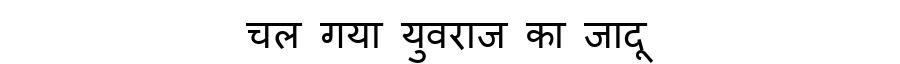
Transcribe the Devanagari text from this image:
चल गया युवराज का जादू